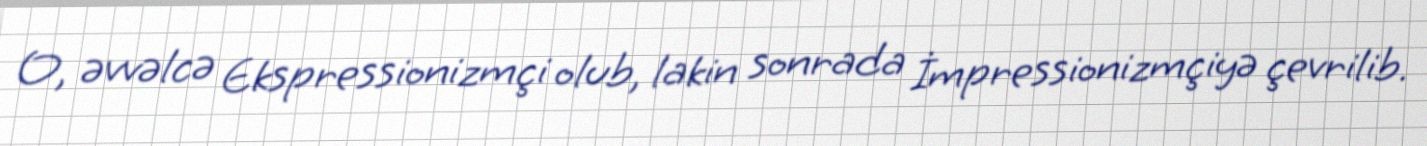
O, əvvəlcə Ekspressionizmçi olub, lakin sonrada İmpressionizmçiyə çevrilib.